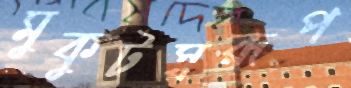
মুকুটস্বরূপ